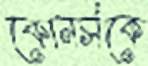
কোনর্সকে